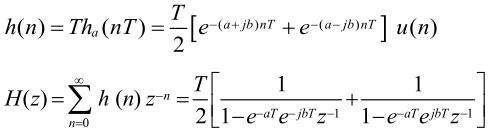
\[
\begin{align*}
h(n)&=Th_a(nT)=\frac{T}{2}\left[e^{-(a + jb)nT}+e^{-(a - jb)nT}\right]u(n)\\
H(z)&=\sum_{n = 0}^{\infty}h(n)z^{-n}=\frac{T}{2}\left[\frac{1}{1 - e^{-aT}e^{-jbT}z^{-1}}+\frac{1}{1 - e^{-aT}e^{jbT}z^{-1}}\right]
\end{align*}
\]